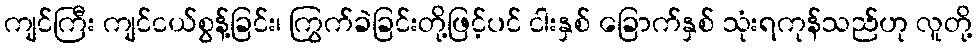
ကျင်ကြီး ကျင်ငယ်စွန့်ခြင်း၊ ကြွက်ခဲခြင်းတို့ဖြင့်ပင် ငါးနှစ် ခြောက်နှစ် သုံးရကုန်သည်ဟု လူတို့